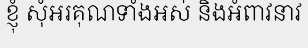
ខ្ញុំ សុំអរគុណទាំងអស់ និងអំពាវនាវ